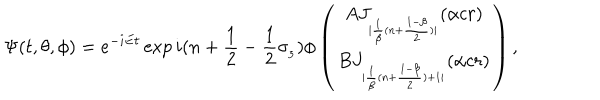
LaTeX: \Psi ( t , \theta , \phi ) = e ^ { - i E t } \exp { i ( n + \frac { 1 } { 2 } - \frac { 1 } { 2 } \sigma _ { _ { 3 } } ) \phi } \left( \begin{array} { c } { { A J _ { _ { | \frac { 1 } { \beta } ( n + \frac { 1 - \beta } { 2 } ) | } } ( \alpha c r ) } } \\ { { B J _ { _ { | \frac { 1 } { \beta } ( n + \frac { 1 - \beta } { 2 } ) + 1 | } } ( \alpha c r ) } } \\ \end{array} \right) ,